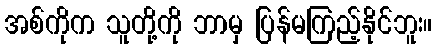
အစ်ကိုက သူတို့ကို ဘာမှ ပြန်မကြည့်နိုင်ဘူး။